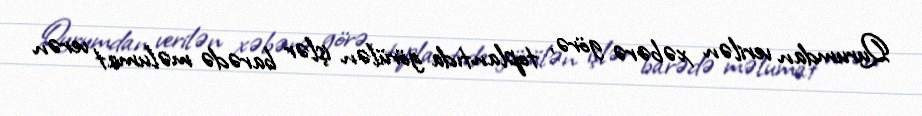
Qurumdan verilən xəbərə görə, toplantıda görülən işlər barədə məlumat verən